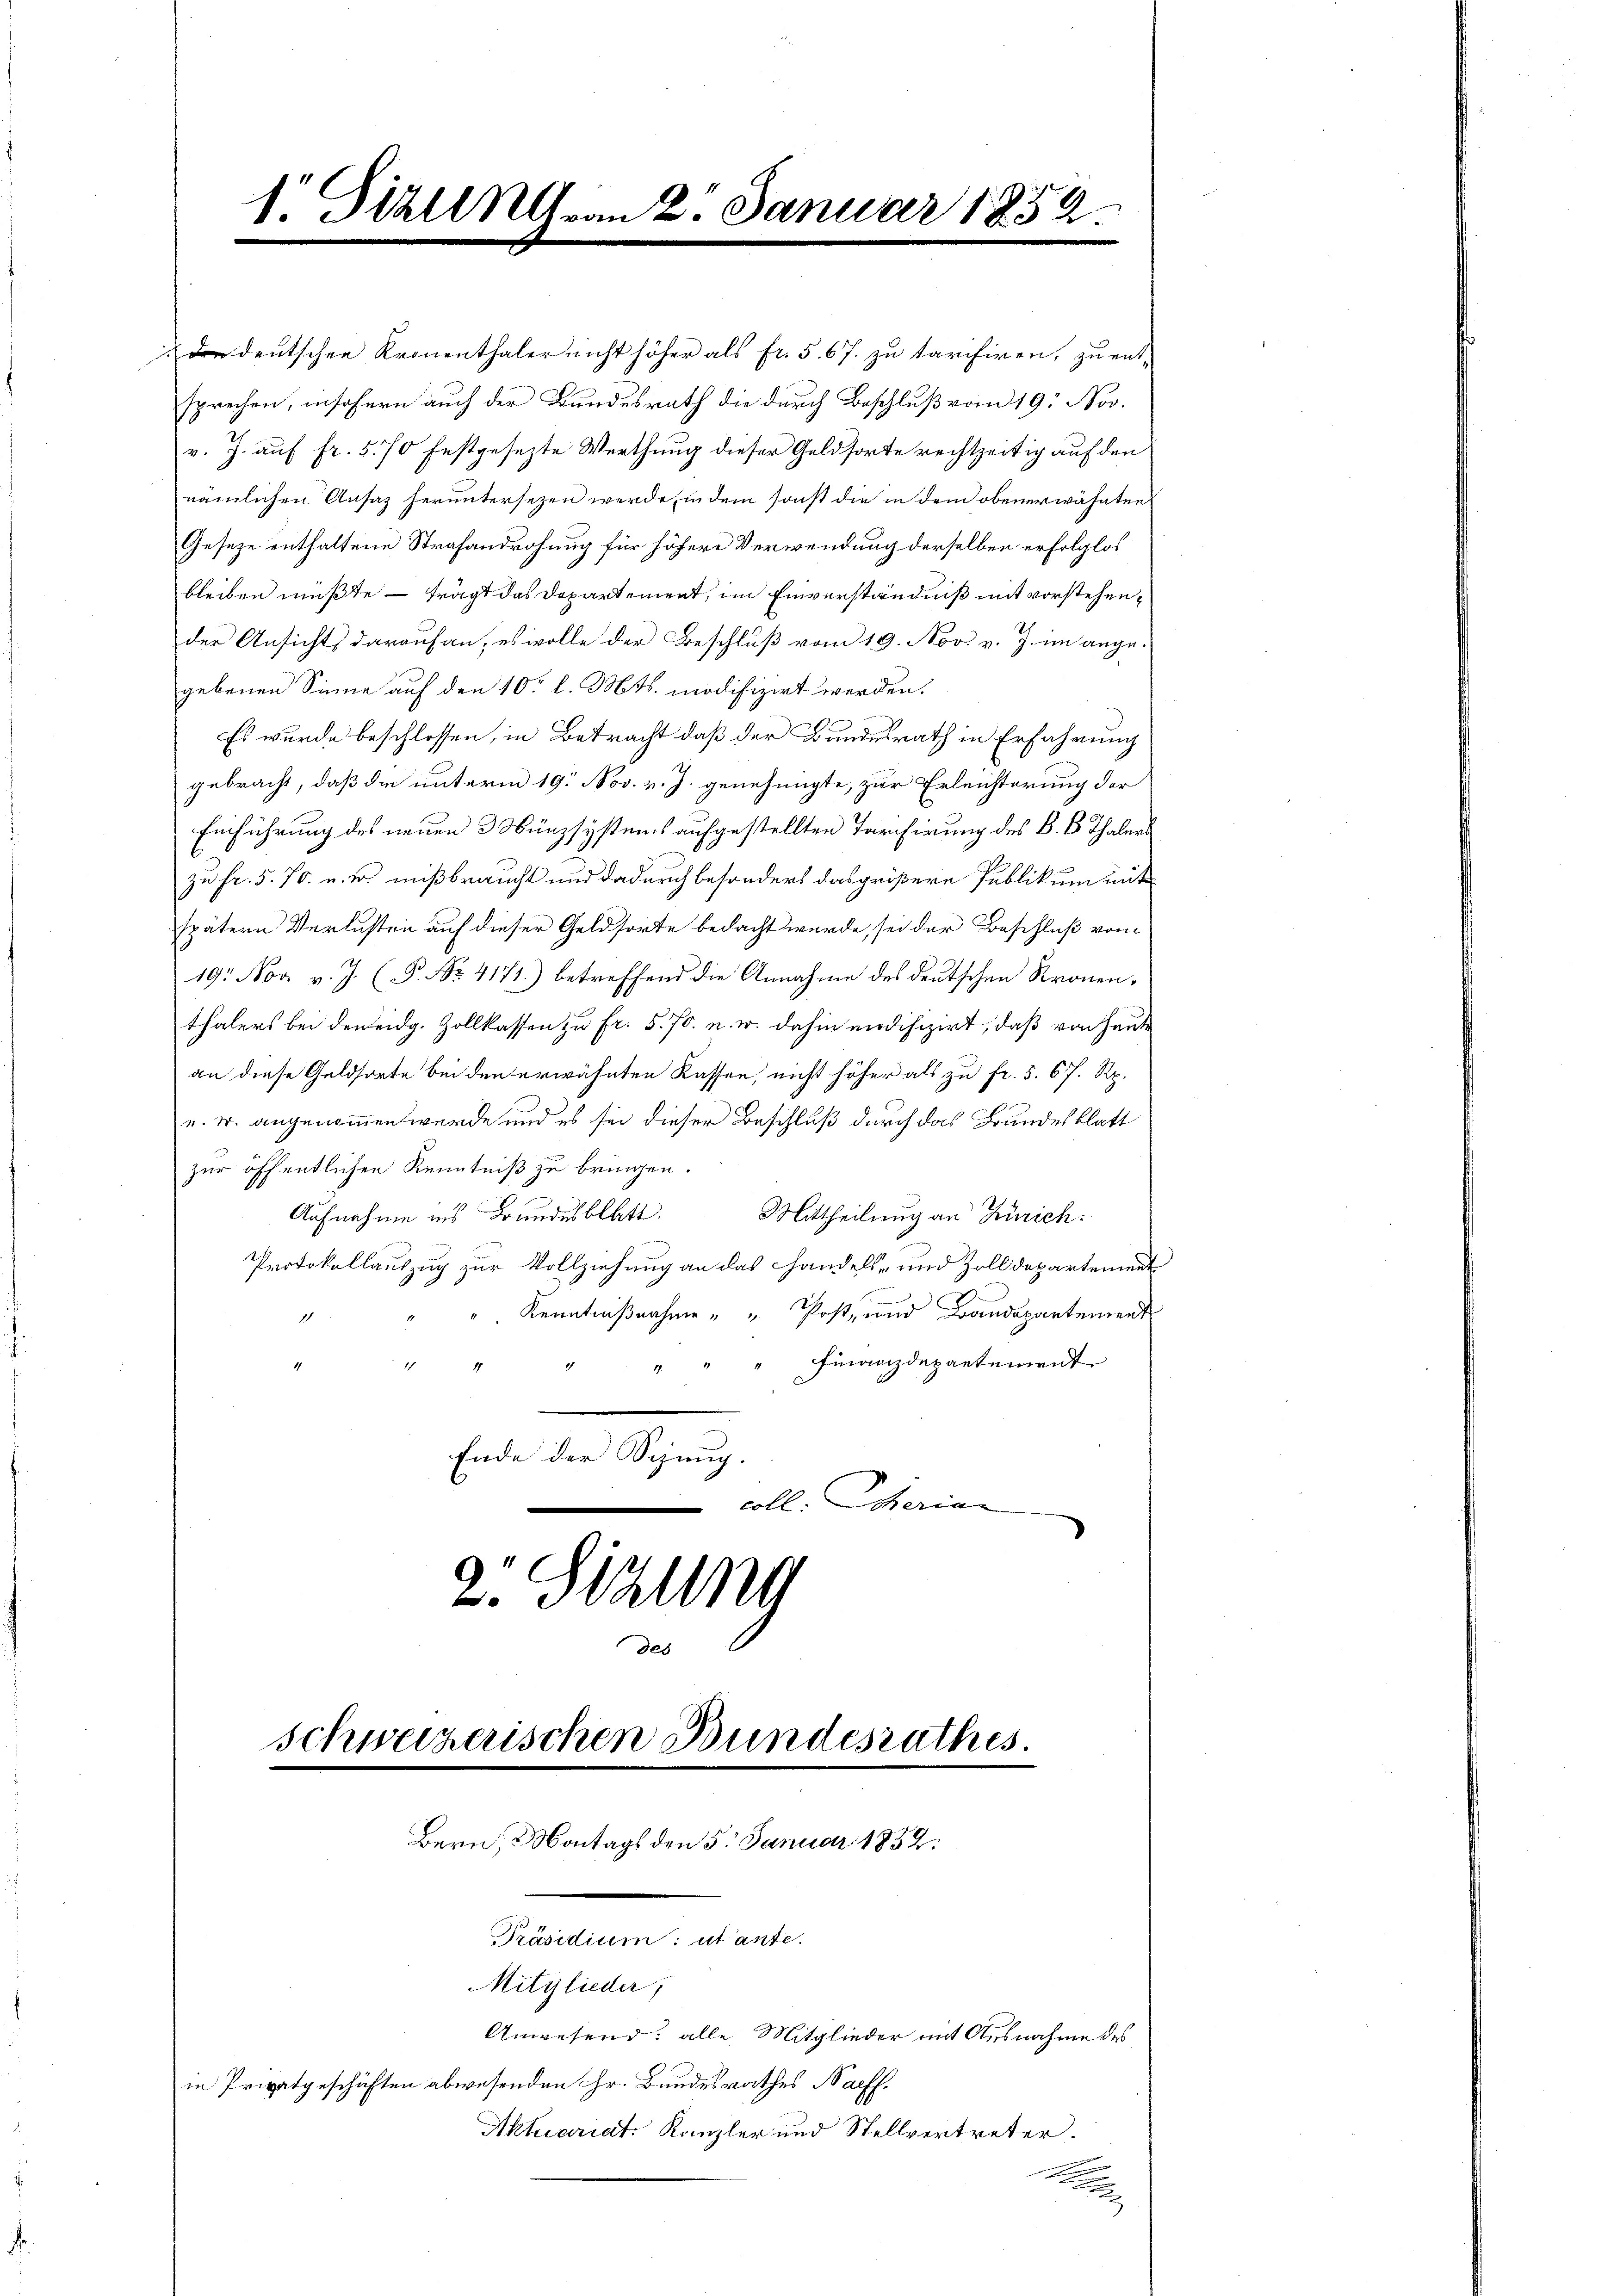
1. Stälin am 2. Januar 1852.

dee deutschen Kronenthaler nicht höher als fr. 5. 67. zu tarisiren, zu ent-
sprechen, insofern auch der Bundesrath die durch Beschluß vom 19. Nov.
v. J. auf fr. 570 festgesezte Werthung dieser Geldsorte rechtzeitig auf den
nämlichen Ansatz heruntersezen werde, in dem sonst die in dem obenerwähnten
Geseze enthaltene Strafandrohung für höhere Verwendung derselben erfolglos
bleiben müßte – frägt das Departement, im Einverständniß mit vorstehen,
der Ansicht, darauf an, es wolle der Beschluß vom 19. Nov. v. J. im ange-
gebenen Sinne auf den 10 l. Mts. modifizirt werden.
Es wurde beschlossen, in Betracht daß der Bundesrath in Erfahrung
gebracht, daß die unterm 19. Nov. v. J. genehmigte, zur Erleichterung der
Einführung des neuen 3 Münzsystems aufgestellten Tarchirung des B. 6 Thalers
zu Fr. 5. 70. v. u. mißbraucht und dadurch besonders das größere Publikum mit
spätern Verlusten auf dieser Geldsorte bedacht wurde, sei der Beschluß vom
19. Nov. v. J. (P. No. 4171) betreffend die Annahme des deutschen Kronenthalers bei den eidg. Zollkassen zu fr. 5. 70. u. w. dahin modifizirt, daß von heute
an diese Geldsorte bei den erwähnten Kassen, nicht höher als zu fr. 5. 67 Rp.
v. w. angenommen wurde und es sei dieser Beschluß durch das Bundesblatt
zur öffentlichen Kenntniß zu bringen.
Aufnahme ins Bundesblatt. Mittheilung an Zürich:
Protokollauszug zur Vollziehung an das handels- und Zolldepartement
" Kenntnißnahme " " Post, und Bandepartement
1
Finanzdepartement
14
Ende der Schnig.
coll. Scherinn
.
2. Sitzung

des

Bern, Montags den 5. Januar 1852:
Präsidium: utante.
Mitglieder
Anwesend: alle Mitglieder mit Ausnahme des
in Privatgeschäften abwesenden Hr. Bundesrathes Nachf
Aktuariat Kanzler und Stellvertreter.

Schweizerischen Bundesrathes.

e